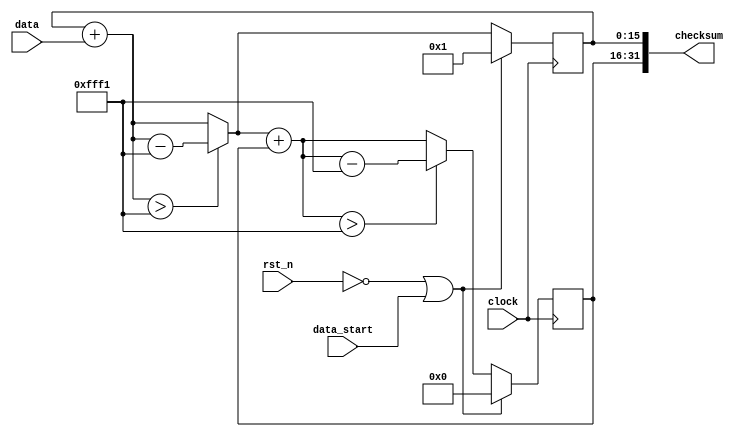
module adler32_acc (
  input rst_n, clock, data_start,
  input [7:0] data,
  output [31:0] checksum
);

  reg [15:0] Aold, Bold;
  wire [15:0] Anew, Bnew;
  
  localparam Mod = 16'd65521;

  assign Anew = ((Aold + data) > Mod) ? ((Aold + data) - Mod) : (Aold + data);
  assign Bnew = ((Anew + Bold) > Mod) ? ((Anew + Bold) - Mod) : (Anew + Bold);
  assign checksum = {Bold, Aold};

  always @( posedge clock ) begin
    if( !rst_n || data_start)
      Aold <= 16'h0001;
    else
      Aold <= Anew;
  end
  
  always @( posedge clock ) begin
    if( !rst_n || data_start)
      Bold <= 16'h0000;
    else
      Bold <= Bnew;
  end
   
endmodule